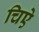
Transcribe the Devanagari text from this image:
चिऐ